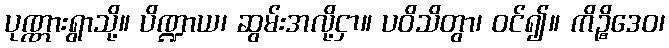
ပုဏ္ဏားရွာသို့။ ပိဏ္ဍာယ၊ ဆွမ်းအလို့ငှာ။ ပဝိသိတွာ၊ ဝင်၍။ ကိဉ္စိဒေဝ၊